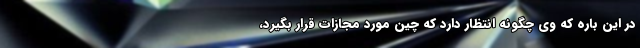
در این باره که وی چگونه انتظار دارد که چین مورد مجازات قرار بگیرد،